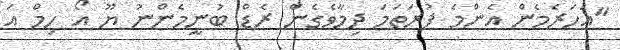
"އަހަރެމެން އެންމެ ފުރަތަމަ ދިމާވެގެން ރެޑް ބުނީމެންނު ޔޫ އޯ ހިމް އަ